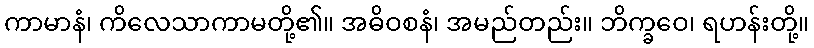
ကာမာနံ၊ ကိလေသာကာမတို့၏။ အဓိဝစနံ၊ အမည်တည်း။ ဘိက္ခဝေ၊ ရဟန်းတို့။